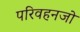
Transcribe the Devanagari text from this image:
परिवहनजो